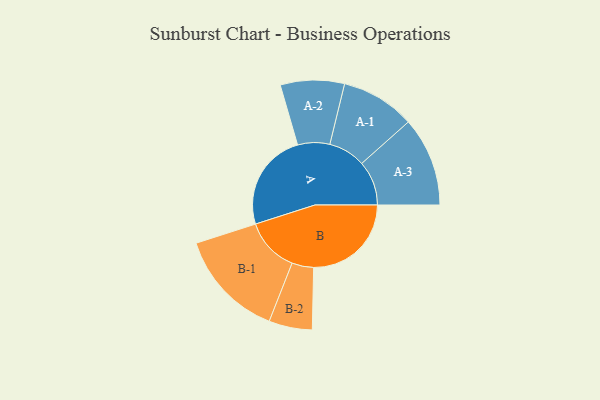
{"axis": {"x": "Segment", "y": "Value"}, "legend": ["", "A", "B"], "data": [{"x": "A", "y": 466, "type": ""}, {"x": "B", "y": 464, "type": ""}, {"x": "A-1", "y": 176, "type": "A"}, {"x": "A-2", "y": 152, "type": "A"}, {"x": "A-3", "y": 212, "type": "A"}, {"x": "B-1", "y": 258, "type": "B"}, {"x": "B-2", "y": 103, "type": "B"}]}